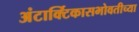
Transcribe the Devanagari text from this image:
अंटार्क्टिकासभोवतीच्या